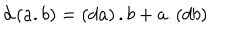
d \left( a . b \right) = \left( d a \right) . b + a . \left( d b \right)